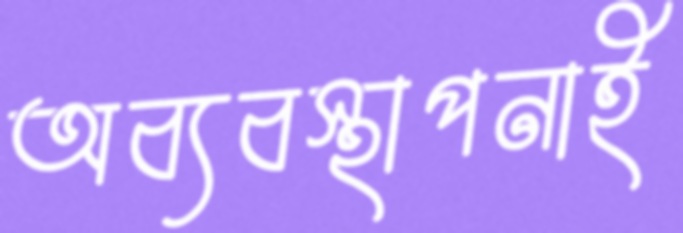
অব্যবস্থাপনাই